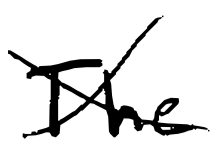
Text: The
Cross-out: cross
Writing tool: digital_black